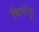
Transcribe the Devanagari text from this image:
किपोफु